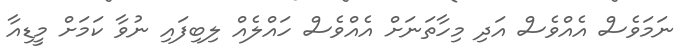
ނަމަވެސް އެއްވެސް އަދި މިހާތަނަށް އެއްވެސް ހައްލެއް ލިބިފައި ނުވާ ކަމަށް މީޑިއާ